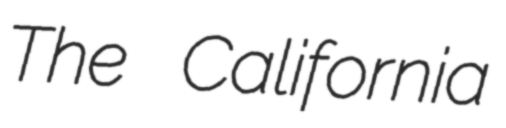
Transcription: The California